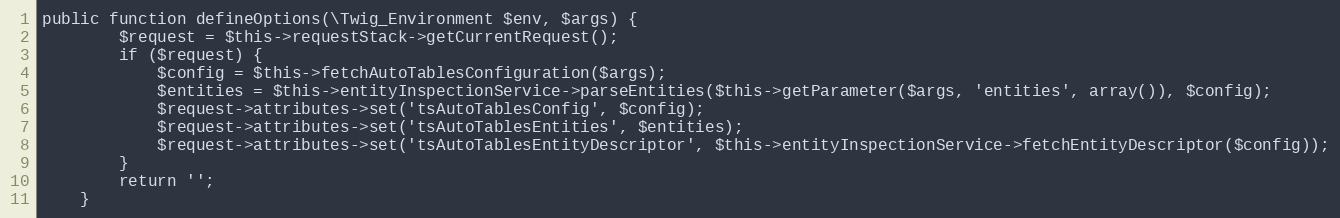
Language: PHP
public function defineOptions(\Twig_Environment $env, $args) {
        $request = $this->requestStack->getCurrentRequest();
        if ($request) {
            $config = $this->fetchAutoTablesConfiguration($args);
            $entities = $this->entityInspectionService->parseEntities($this->getParameter($args, 'entities', array()), $config);
            $request->attributes->set('tsAutoTablesConfig', $config);
            $request->attributes->set('tsAutoTablesEntities', $entities);
            $request->attributes->set('tsAutoTablesEntityDescriptor', $this->entityInspectionService->fetchEntityDescriptor($config));
        }
        return '';
    }